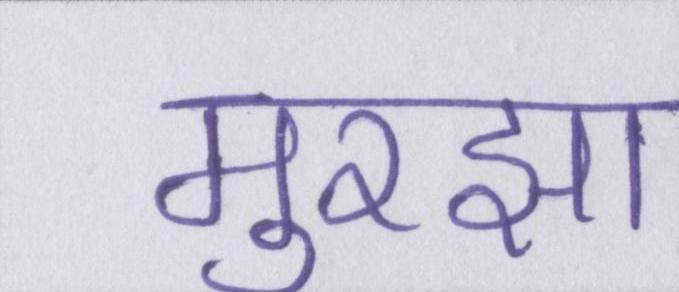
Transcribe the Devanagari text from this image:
मुरझा